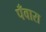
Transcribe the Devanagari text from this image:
पँवारा